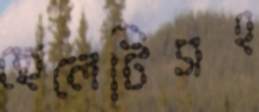
ছেলেটিসহ